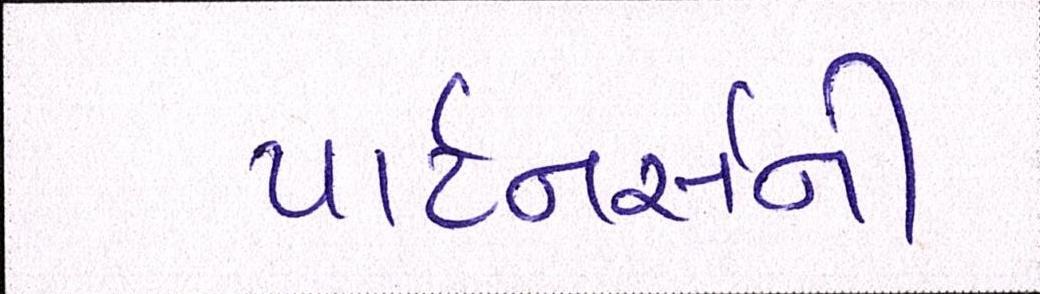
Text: પાર્ટનર્સની